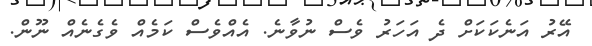
އޭރު އަނެކަކަށް ދެ އަހަރު ވެސް ނުވާނެ. އެއްވެސް ކަމެއް ވެގެނެއް ނޫން.